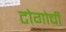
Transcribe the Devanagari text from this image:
टोगोची